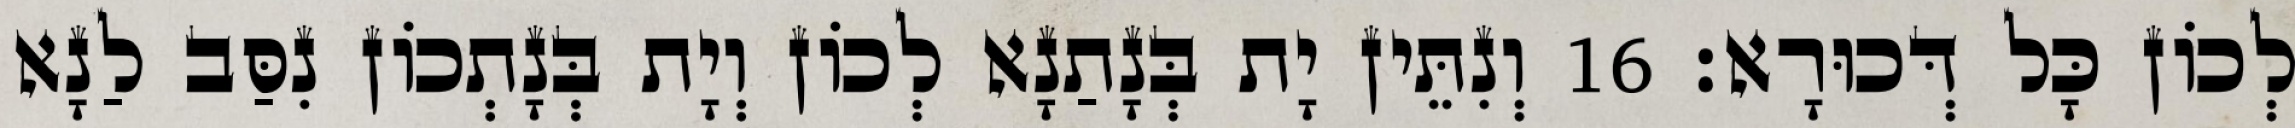
לְכוֹן כָּל דְּכוּרָא׃ 16 וְנִתֵּין יָת בְּנָתַנָא לְכוֹן וְיָת בְּנָתְכוֹן נִסַּב לַנָא